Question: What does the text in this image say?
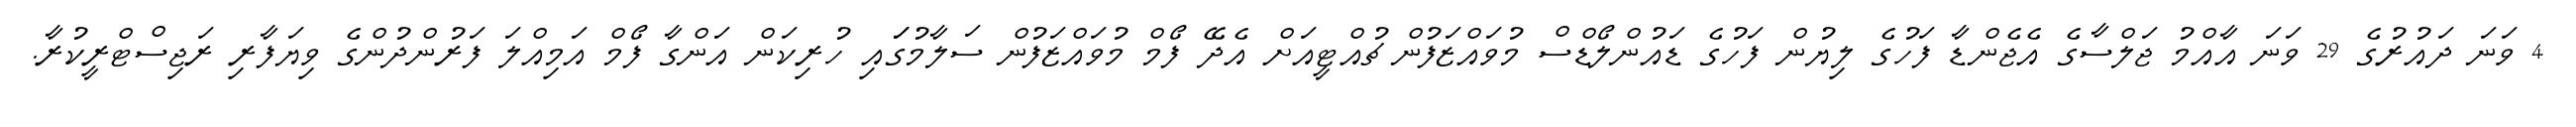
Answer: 4 ވަނަ ދައުރުގެ 29 ވަނަ އާއްމު ޖަލްސާގެ އެޖެންޑާ ފަހުގެ ލިޔުން ފަހުގެ ޑައުންލޯޑްސް މުވައްޒަފުން ޗުއްޓީއަށް އެދޭ ފޯމް މުވައްޒަފުން ސަލާމުގަައި ހުރިކަން އަންގާ ފޯމް އަމިއްލަ ފަރުންދުންގެ ވިޔަފާރި ރަޖިސްޓްރީކުރާ.